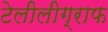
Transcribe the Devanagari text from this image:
टेलीलीग्राफ